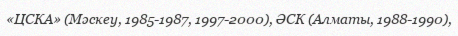
«ЦСКА» (Мәскеу, 1985-1987, 1997-2000), ӘСК (Алматы, 1988-1990),